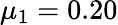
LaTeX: \mu_{1}=0.20